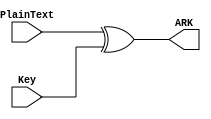
module AddRoundKey(PlainText, Key, ARK);
  input wire [127:0] PlainText, Key;
  output wire [127:0] ARK;
  assign ARK = PlainText ^ Key;
endmodule